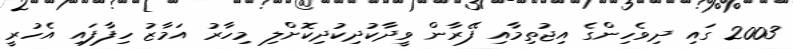
2003 ގައި ދިވެހިންގެ އިޖުތިމާއި ފޭރާން ވީދާކުދިކުދިކޮށްލި މިހާރު އަމާޒު ހިފާފައި އެހުރީ